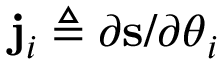
\mathbf { j } _ { i } \triangleq \partial \mathbf { s } / \partial \boldsymbol \theta _ { i }